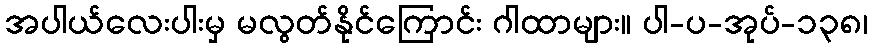
အပါယ်လေးပါးမှ မလွတ်နိုင်ကြောင်း ဂါထာများ။ ပါ-ပ-အုပ်-၁၃၈၊